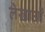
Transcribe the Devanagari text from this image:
लेखाओं